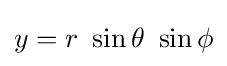
{\textstyle y=r~\sin \theta ~\sin \phi }